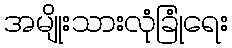
အမျိုးသားလုံခြုံရေး